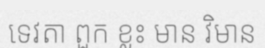
ទេវតា ពួក ខ្លះ មាន វិមាន